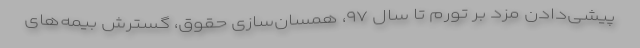
پیشی‌دادن مزد بر تورم تا سال ۹۷، همسان‌سازی حقوق، گسترش بیمه‌های